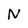
Character: N